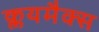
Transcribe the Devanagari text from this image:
क्लयमैक्स